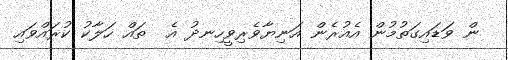
ން ވަޑައިގަތުމުން އެއުރެން އަނިޔާވެރިވީހިނދު އެ  ތައް ހަލާކު ކުރައްވައި